Vabadussoja_Ajaloo_Komitee, lk 35
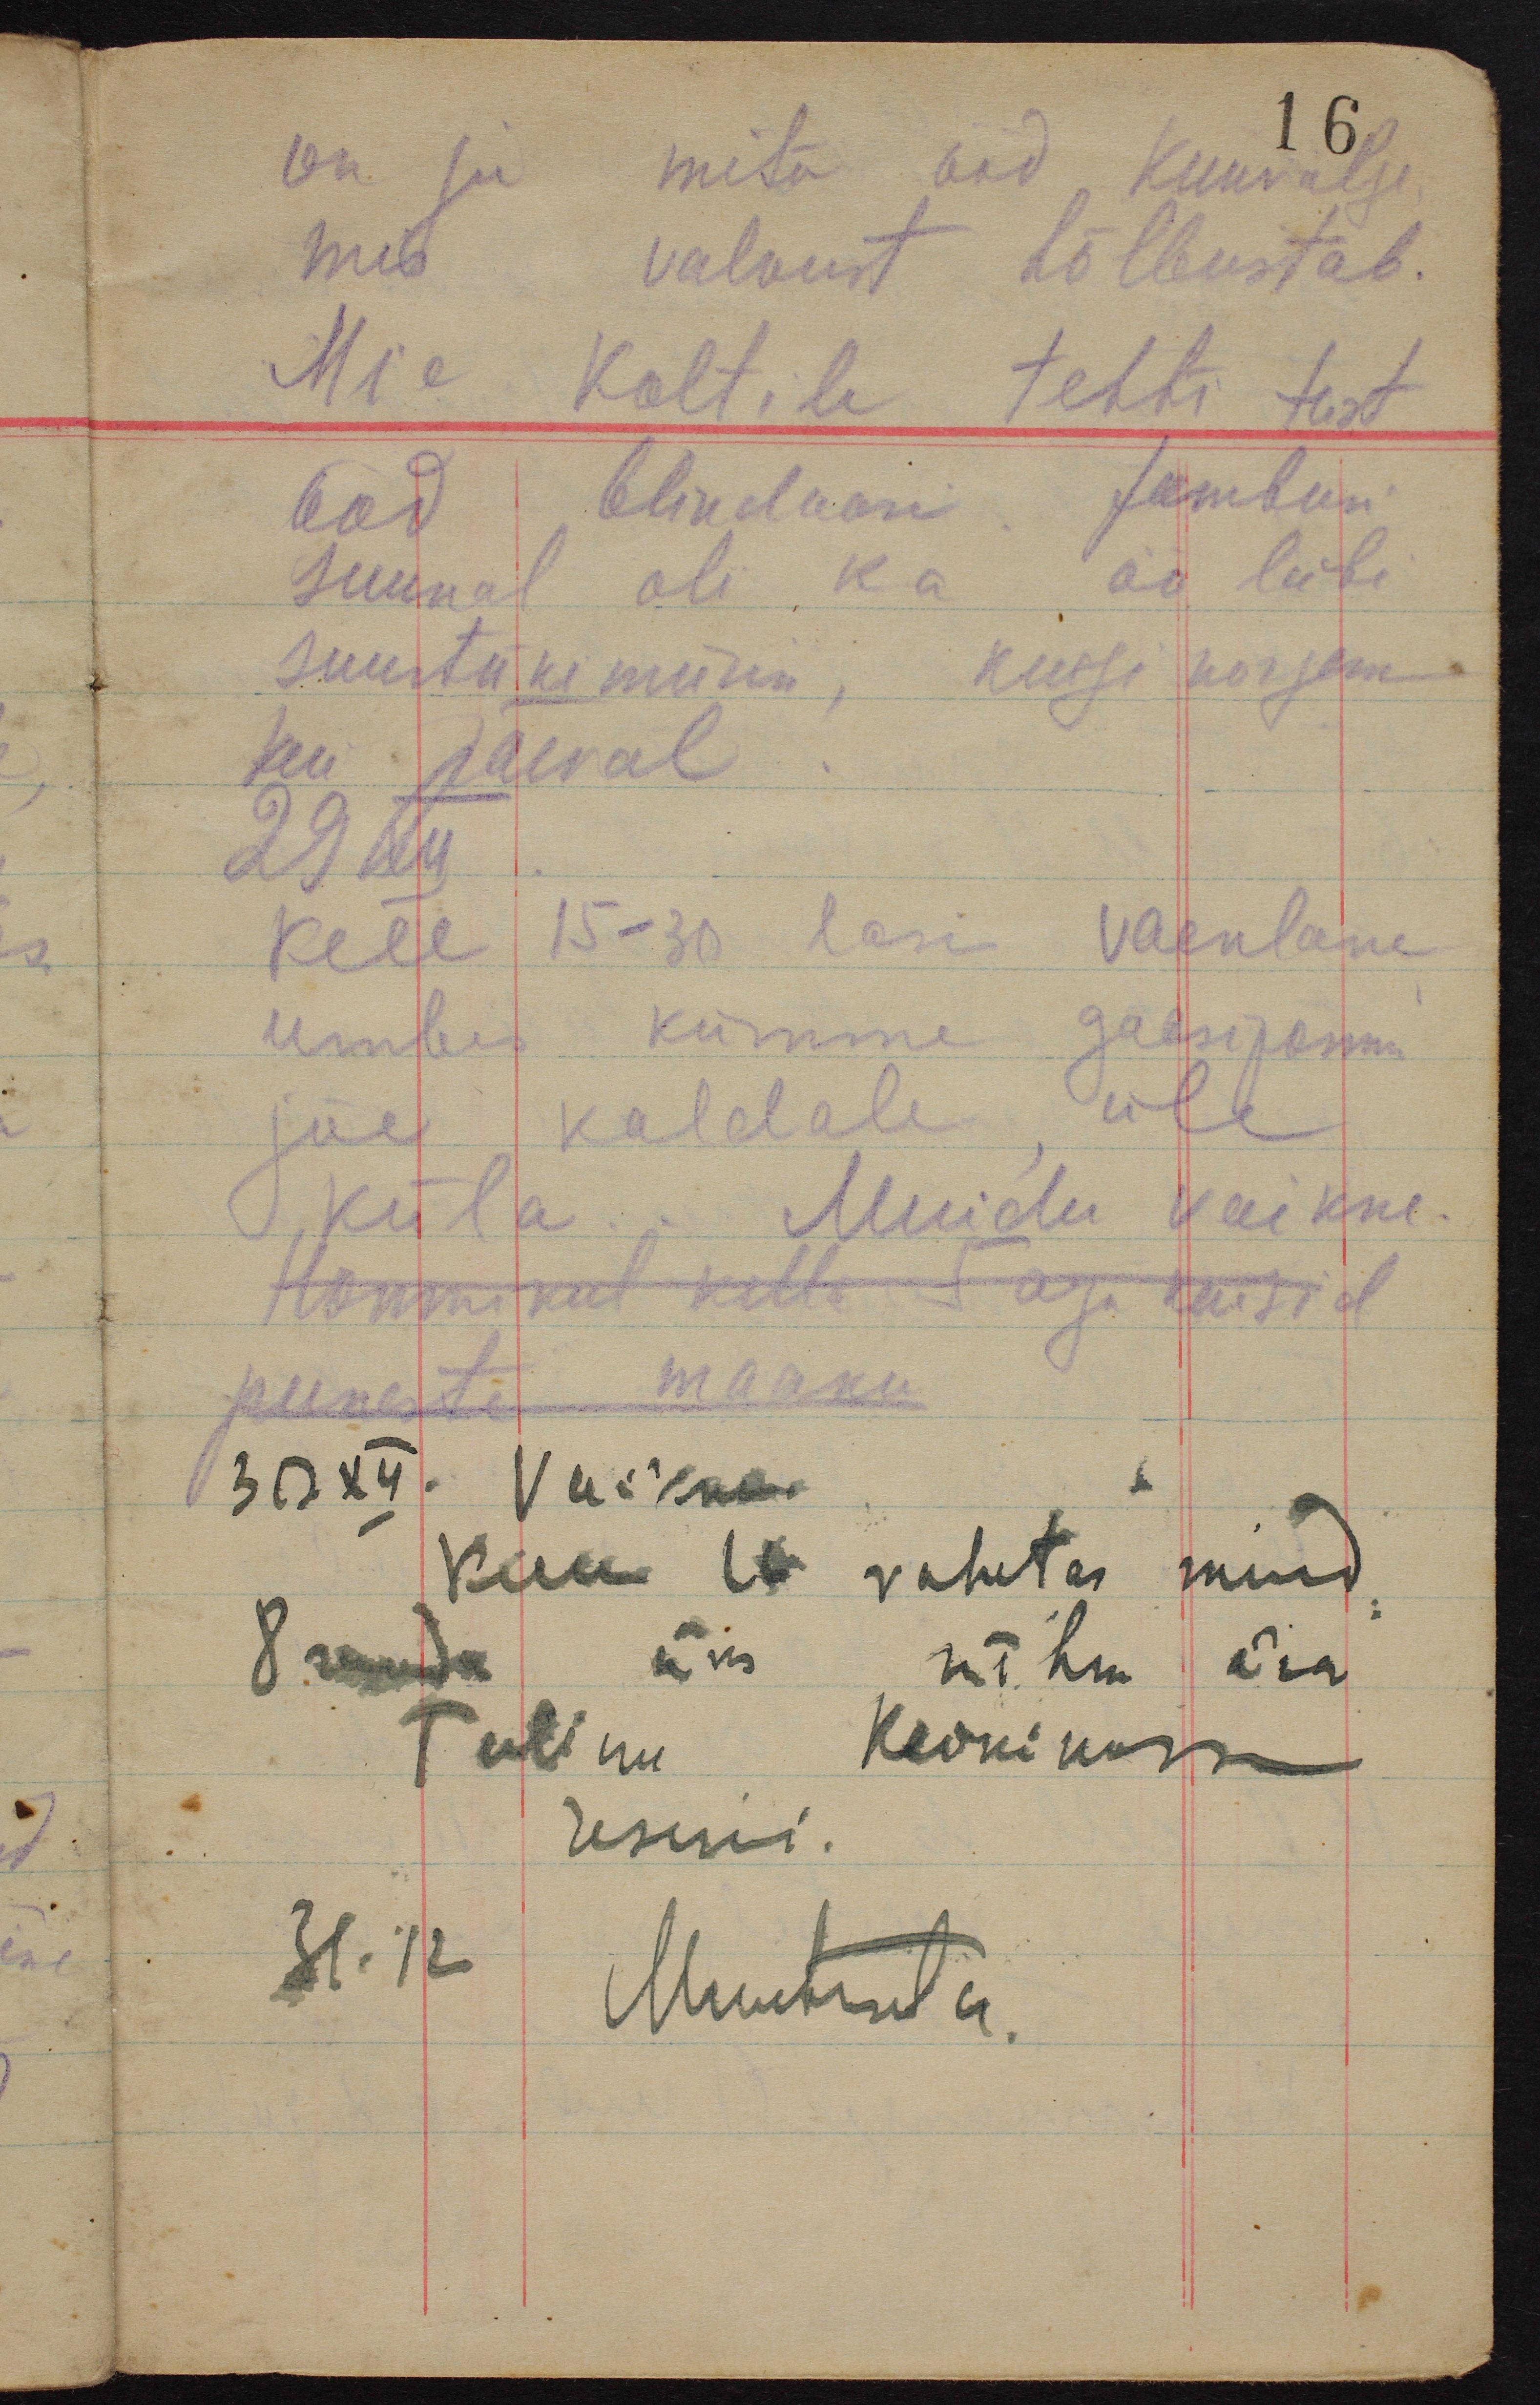
on ju mitu ööd kuuvalge
16
mis valvust hõlbustab.
Meie Koltile tehti teist
ööd blindaasi Jamburi
suunal oli ka öö läbi
suurtükimürin, kuigi kergem
kui päeval.
29 XII
Kell 15-30 lasi vaenlane
umbes kümme gaasipommi
jõe kaldale üle
küla. Muidu vaikne.
Hommikul kella aega käisid
punaste maaku
30 XII. Vaikne.
K 11 vahetas mind
8 roodu üks rühm ära
Tulime Keikinosse
reservi.
31.12 Muutuseta.